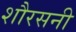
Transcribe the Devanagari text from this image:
शौरसनी